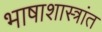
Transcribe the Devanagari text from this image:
भाषाशास्त्रांत